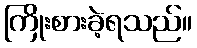
ကြိုးစားခဲ့ရသည်။